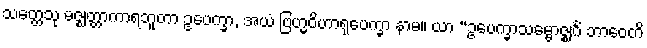
သတ္တေသု မဇ္ဈတ္တာကာရဘူတာ ဥပေက္ခာ, အယံ ဗြဟ္မဝိဟာရုပေက္ခာ နာမ။ ယာ “ဥပေက္ခာသမ္ဗောဇ္ဈင်္ဂံ ဘာဝေတိ